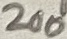
Text: 200